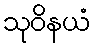
သုဝိနယံ